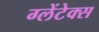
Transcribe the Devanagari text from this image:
ग्लेंटेक्स